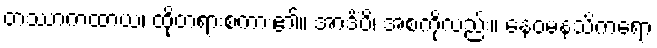
တဿာကထာယ၊ ထိုတရားစကား၏။ အာဒိံပိ၊ အစကိုလည်း။ နေဝမနသိကရော